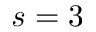
s = 3